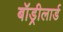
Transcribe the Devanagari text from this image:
बॉड्रीलार्ड